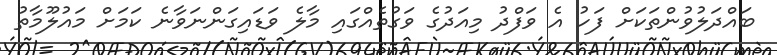
ބައްދަލުވުންތަކަށް ފަހު އެ ވަފްދު މިއަދުގެ ވަގުތެއްގައި މާލެ ވަޑައިގަންނަވާނެ ކަމަށް މައުލޫމާތު